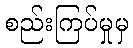
စည်းကြပ်မှုမှ